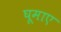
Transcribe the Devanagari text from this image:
घूमाए